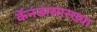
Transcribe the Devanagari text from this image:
कॅनडासारख्या